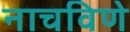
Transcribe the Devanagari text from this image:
नाचविणे